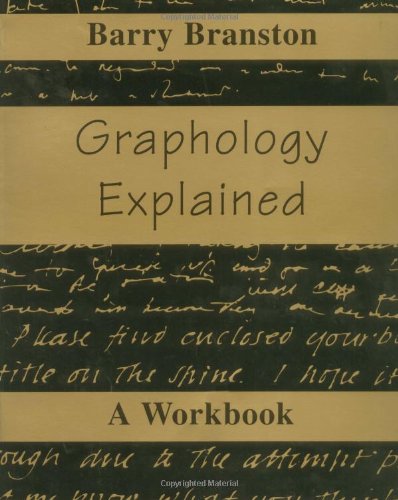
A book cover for Graphology Explained: A Workbook; Barry Branston; Self-Help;